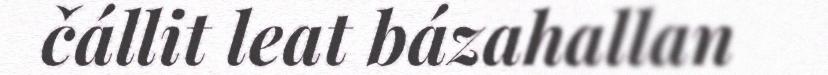
čállit leat bázahallan